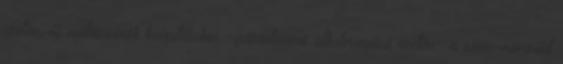
esetén, új nyílászárók beépítésekor –páraelszívó alkalmazása esetén- a szén-monoxid